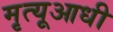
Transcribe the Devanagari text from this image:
मृत्यूआधी